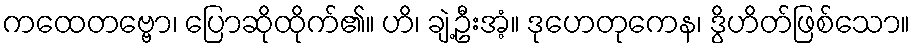
ကထေတဗ္ဗော၊ ပြောဆိုထိုက်၏။ ဟိ၊ ချဲ့ဦးအံ့။ ဒုဟေတုကေန၊ ဒွိဟိတ်ဖြစ်သော။